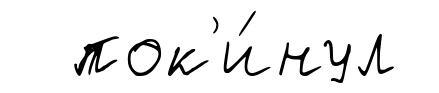
пок'и́нул